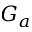
G _ { a }